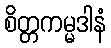
စိတ္တကမ္မဒါနံ